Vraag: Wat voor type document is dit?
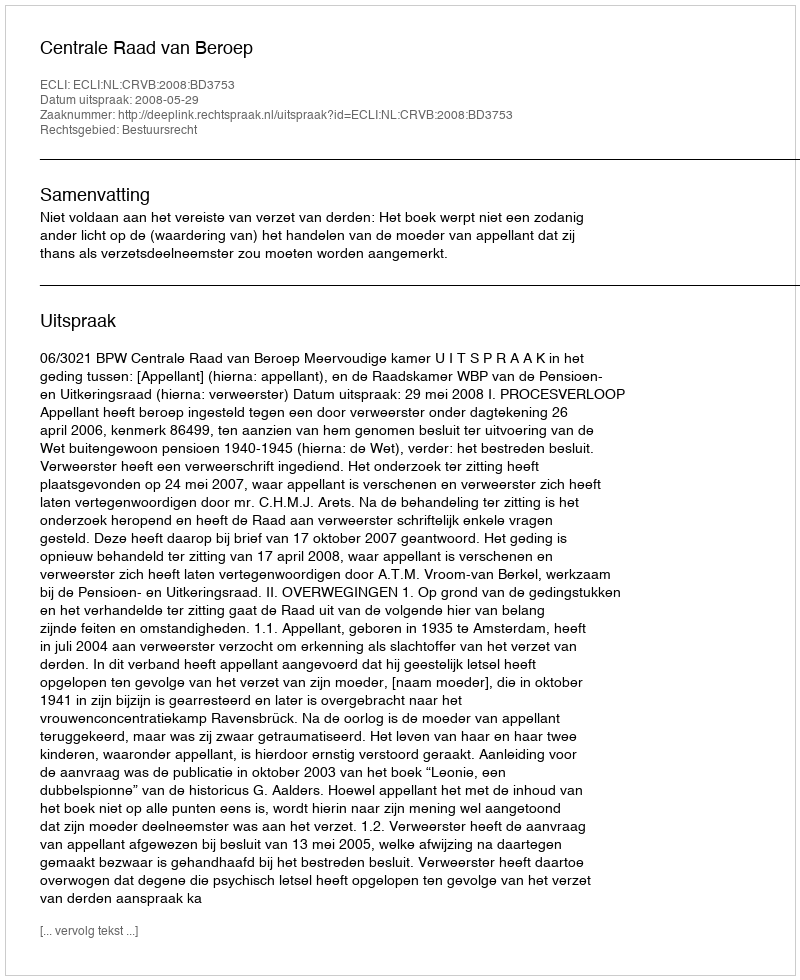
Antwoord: Uitspraak